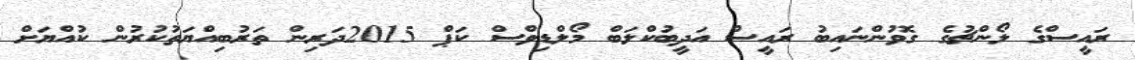
ރައީސްގެ ލޯންޗުގެ ގޮވުންނައިބު ރައީސް އަދީބުކްލަބް މޯލްޑިވްސް ކަޕް 2015ދަރިން ތަރުބިއްޔަތުކުރުން ކުއްޔަށް